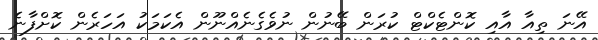
އޭނަ ތިއާ އާއި ކޮންޓެކްޓް ކުރަން ބޭނުން ނުވެގެނެއްނޫން އެކަމަކު އަހަރެން ކޮށްފާނެ